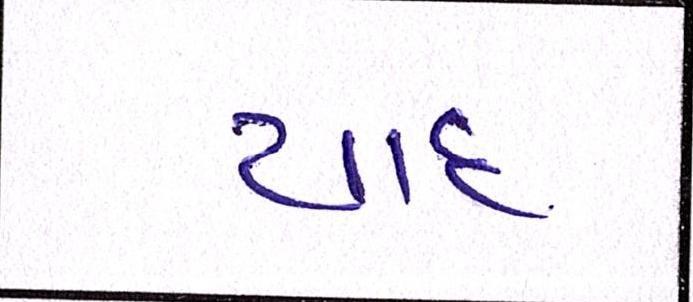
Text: યાદ